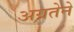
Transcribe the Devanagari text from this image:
अग्रतेने